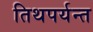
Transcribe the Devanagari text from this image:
तिथपर्यन्त